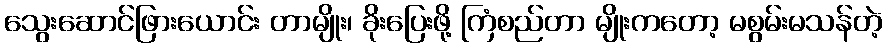
သွေးဆောင်ဖြားယောင်း တာမျိုး၊ ခိုးပြေးဖို့ ကြံစည်တာ မျိုးကတော့ မစွမ်းမသန်တဲ့